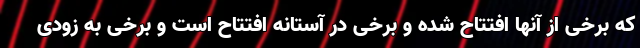
که برخی از آنها افتتاح شده و برخی در آستانه افتتاح است و برخی به زودی